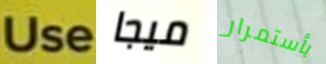
Use ميجا بأستمرار